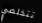
تتخلصي